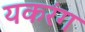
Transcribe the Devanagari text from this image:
यकरंग